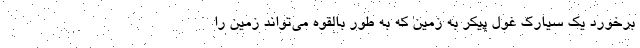
برخورد یک سیارک غول پیکر به زمین که به طور بالقوه می‌تواند زمین را